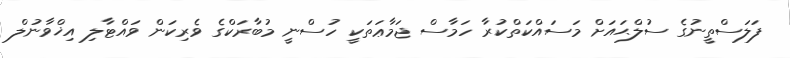
ފަލަސްތީނުގެ ސުލްޙައަށް މަސައްކަތްކުރާ ހަމާސް ޖަމާޢަތަކީ ހުސްނީ މުބާރަކްގެ ވެރިކަން ވައްޓާލި އިޚްވާނުލް